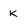
Character: k